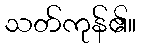
သတ်ကုန်၏။